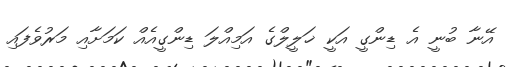
އޭނާ ބުނީ އެ ޑިންގީ އަކީ ޚަލީލްގެ އަމިއްލަ ޑިންގީއެއް ކަމަށާއި މަރުވެފައި